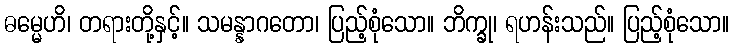
ဓမ္မေဟိ၊ တရားတို့နှင့်။ သမန္နာဂတော၊ ပြည့်စုံသော။ ဘိက္ခု၊ ရဟန်းသည်။ ပြည့်စုံသော။